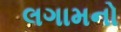
લગામનો